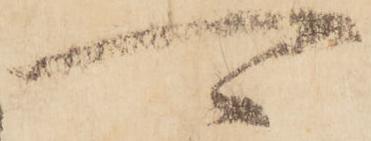
可